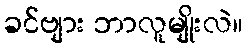
ခင်ဗျား ဘာလူမျိုးလဲ။